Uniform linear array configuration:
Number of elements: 8
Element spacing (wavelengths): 0.75
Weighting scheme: uniform
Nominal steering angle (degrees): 60
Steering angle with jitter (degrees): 61.065
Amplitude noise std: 0.05
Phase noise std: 0.05

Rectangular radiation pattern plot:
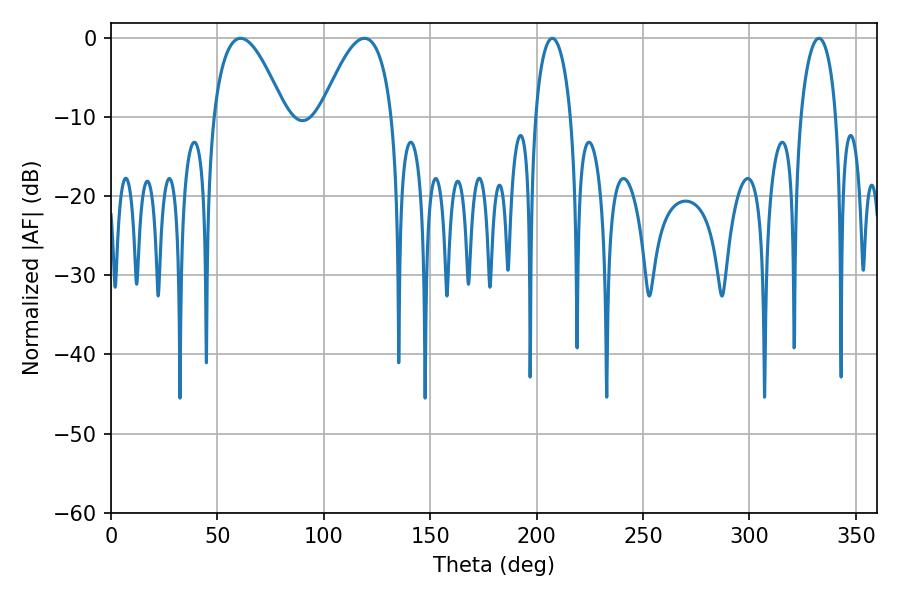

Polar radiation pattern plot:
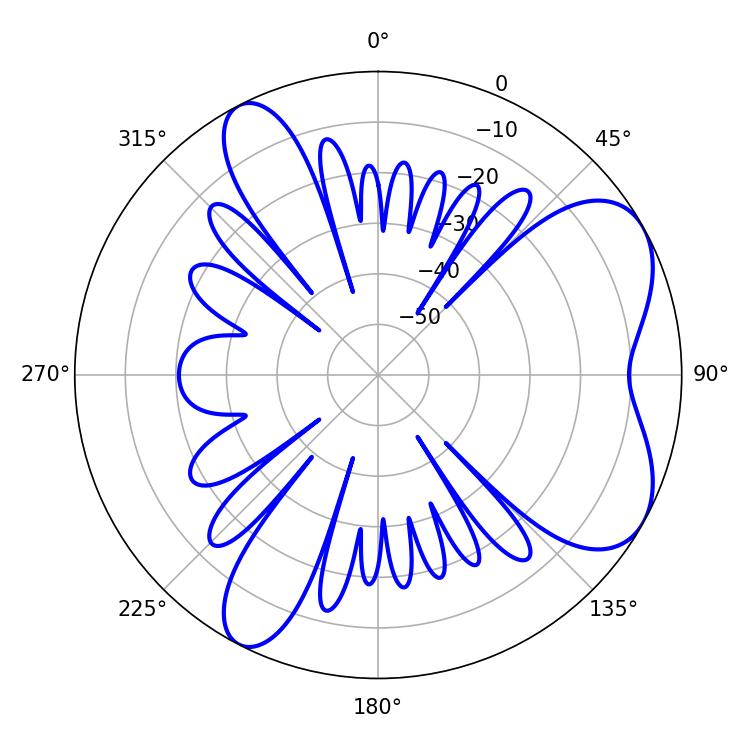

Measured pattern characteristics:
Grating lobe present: TRUE
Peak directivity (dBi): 6.376
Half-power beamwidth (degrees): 9.54
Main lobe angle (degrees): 207.36